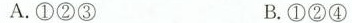
A. ①②③ B. ①②④